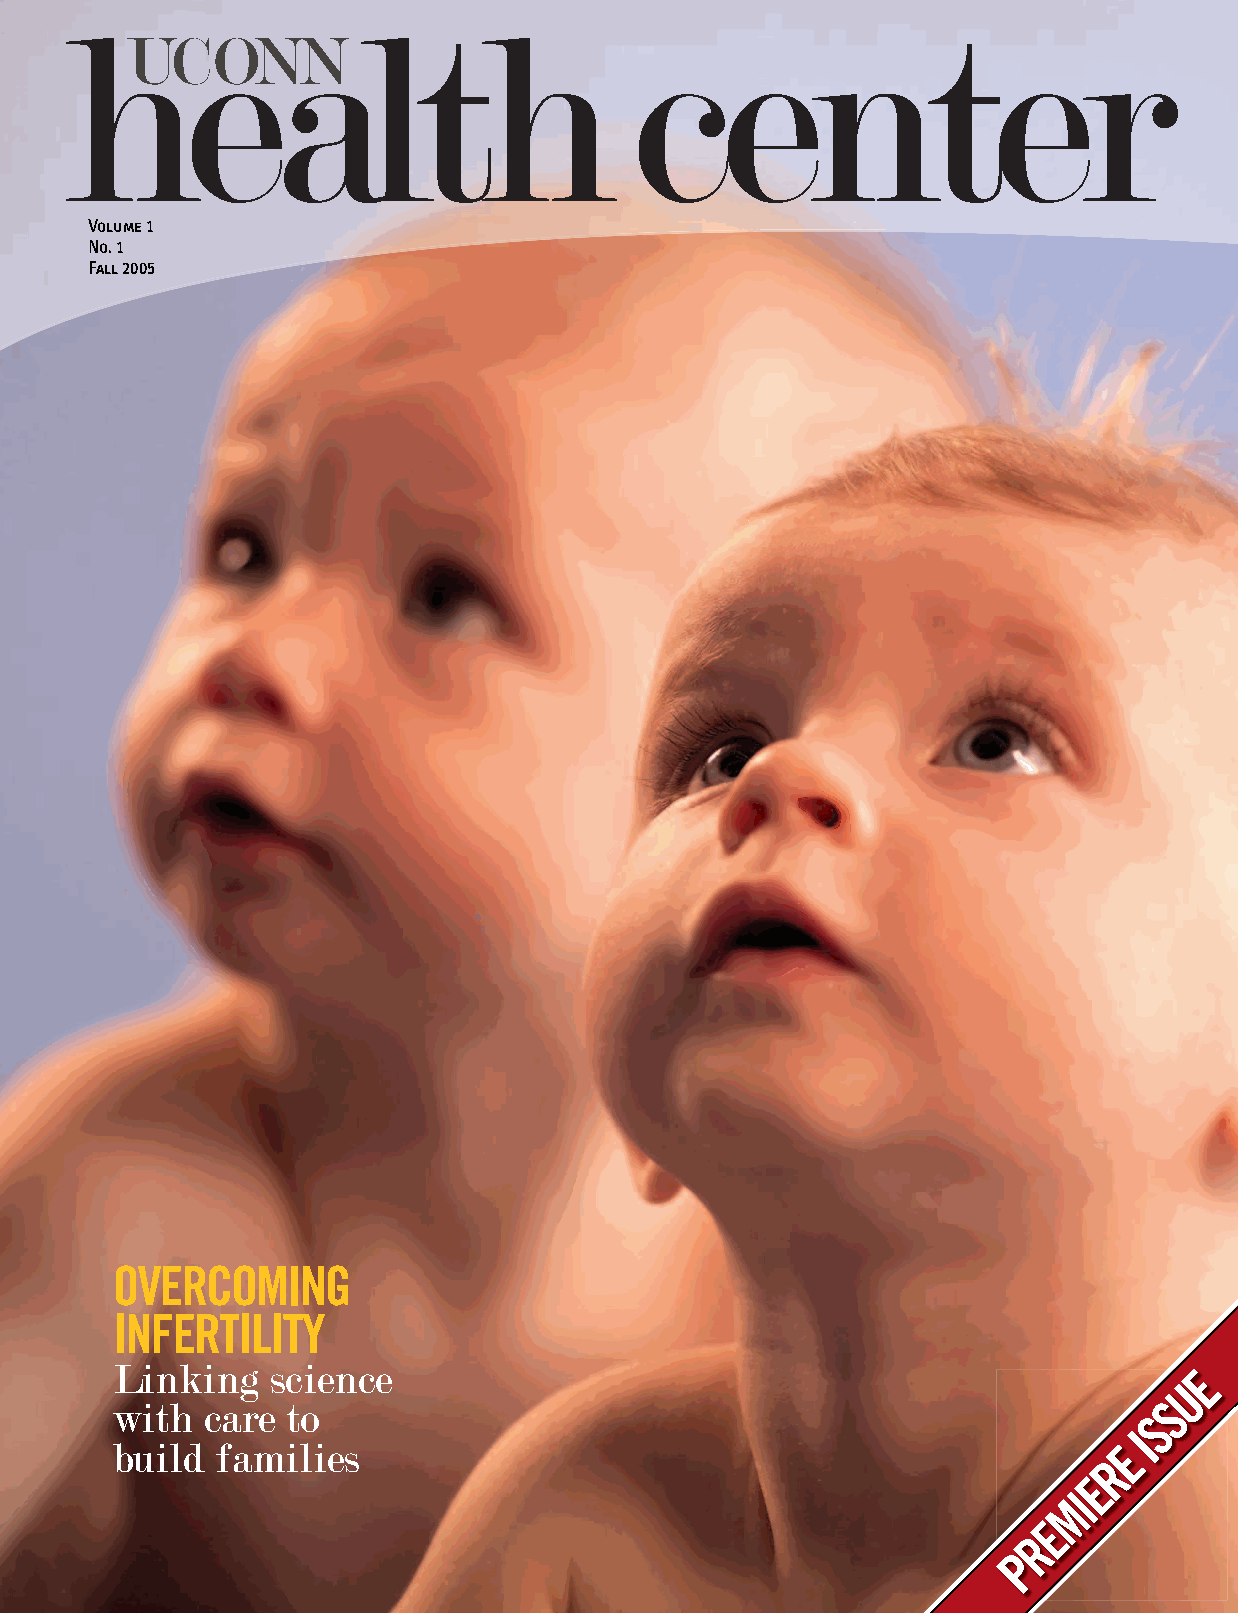
health                                center
 UCONN
 Volume 1
 No. 1
 Fall 2005
 OVERCOMING
 INFERTILITY
 Linking   science                                                      E
 U
 with  care to                                                        S
 S
 I
 build  families                                                   E
 R
 E
 I
 M
 E
 R
 P